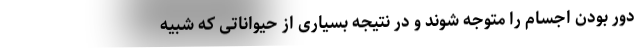
دور بودن اجسام را متوجه شوند و در نتیجه بسیاری از حیواناتی که شبیه